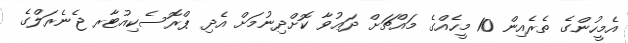
އެމީހުންގެ ތެރެއިން 10 މީހެއްގެ މައްޗަށް ދަޢުވާ ކޮށްދިނުމަށް އެދި ޕްރޮސެކިއުޓާރ ޖެނެރަލްގެ